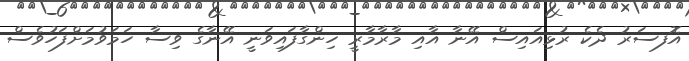
އޮފސަރު ދެކެ ރުޅިއައިސް އޭނާ އާއި މާރާމާރީ ހިންގާފައިވަނީ އޭނާގެ ވިސާ ހަމަވުމަށްފަހުވެސް